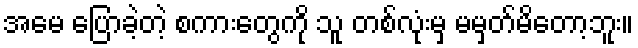
အမေ ပြောခဲ့တဲ့ စကားတွေကို သူ တစ်လုံးမှ မမှတ်မိတော့ဘူး။